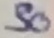
Text: 30